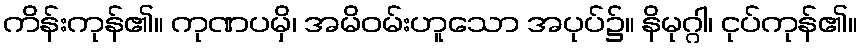
ကိန်းကုန်၏။ ကုဏပမှိ၊ အမိဝမ်းဟူသော အပုပ်၌။ နိမုဂ္ဂါ၊ ငုပ်ကုန်၏။